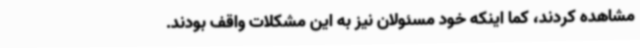
مشاهده کردند، کما اینکه خود مسئولان نیز به این مشکلات واقف بودند.